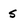
Character: s